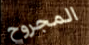
المجروح